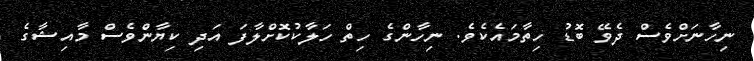
ނިހާނަށްވެސް ދެވޭ ބޮޑު ހިތާމައެކެވެ. ނިހާންގެ ހިތް ހަލާކުކޮށްލާފަ އަދި ކިޔާންވެސް މާއިޝާގެ